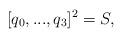
LaTeX: \begin{align*}[q_0 ,...,q_3 ]^2 = S,\end{align*}